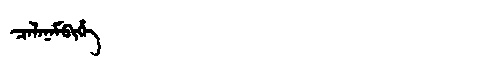
Manchu: ᠴᠠᠯᠠᠨᠠᠮᠪᡳᡥᡝ
Romanization: CALANAMBIHE